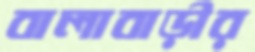
বালাবাড়ীর